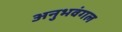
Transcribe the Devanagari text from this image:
अनुभवंगल